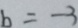
b = - 3